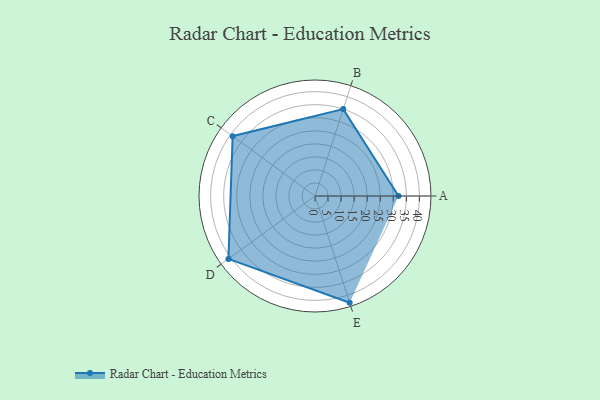
{"axis": {"x": "Skill", "y": "Score"}, "legend": ["Profile"], "data": [{"x": "A", "y": 32.0, "type": "Profile"}, {"x": "B", "y": 35.0, "type": "Profile"}, {"x": "C", "y": 39.0, "type": "Profile"}, {"x": "D", "y": 41.0, "type": "Profile"}, {"x": "E", "y": 43.0, "type": "Profile"}]}